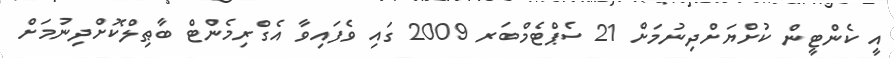
އީ ކެންޓީން ކުށްޔަށްދިނުމަށް 21 ސެޕްޓެމްބަރ 2009 ގައި ވެފައިވާ އެގްރިމެންޓް ބާޠިލްކޮށްދިނުމަށް